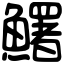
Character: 鱰